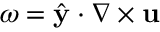
{ \omega = \hat { \mathbf { y } } \cdot \nabla \times \mathbf { u } }